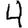
Digit: 4